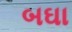
બઘા